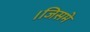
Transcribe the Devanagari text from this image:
।जिसमे